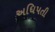
અધિપતી